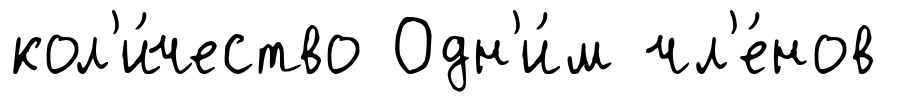
кол'и́чество Одн'и́м чл'е́нов